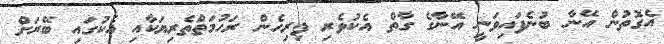
އެގޮތުން އޭނާ ބުނެފައިވަނީ އޭނާގެ ގާތް އެކުވެރި ފިރިހެން ރަހުމަތްތެރިޔަކާއި އެކުގައި ބޭރަށް